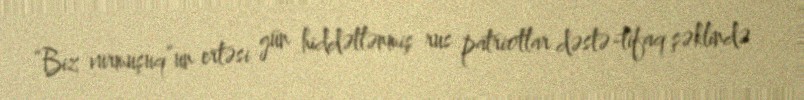
“Biz vurmuşuq”un ertəsi gün hiddətlənmiş rus patriotlar dəstə-tifaq şəklində